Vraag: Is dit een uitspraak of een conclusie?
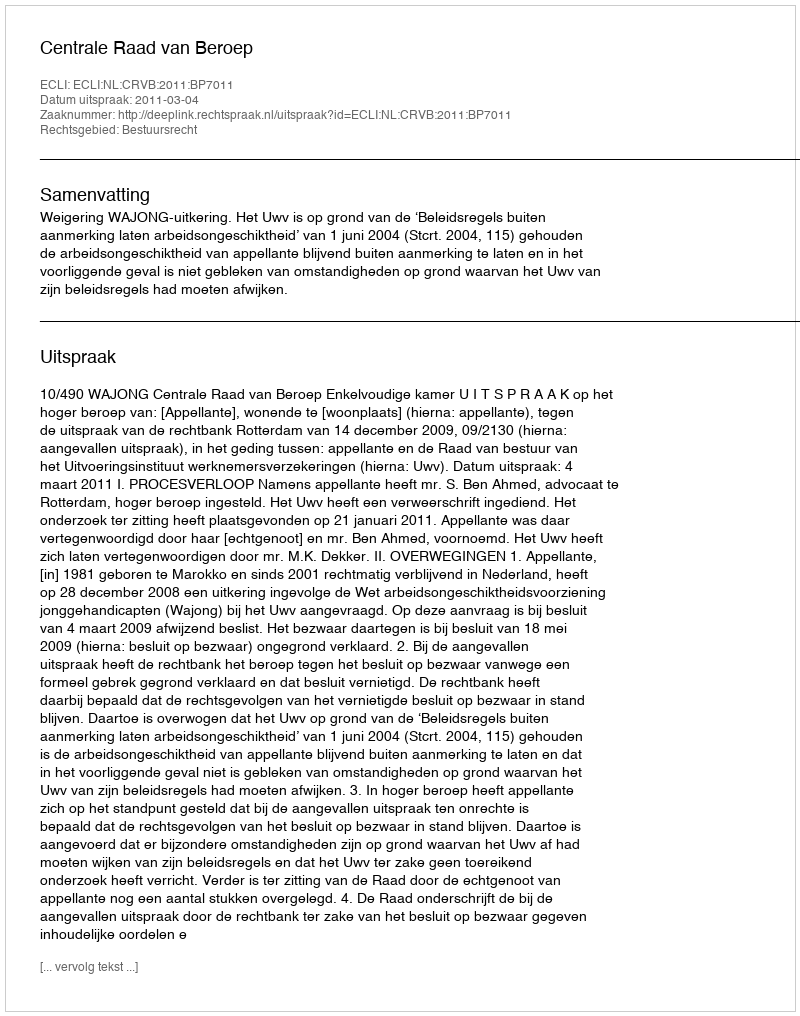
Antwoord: Uitspraak